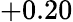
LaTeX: +0.20